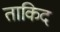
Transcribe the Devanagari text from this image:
ताकिद